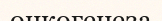
онкогенеза